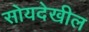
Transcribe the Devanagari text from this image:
सोयदेखील